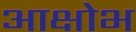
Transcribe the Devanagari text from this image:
आक्षोभ